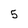
Character: 5